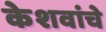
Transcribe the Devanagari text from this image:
केशवांचे